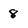
Character: 8